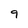
Character: 9